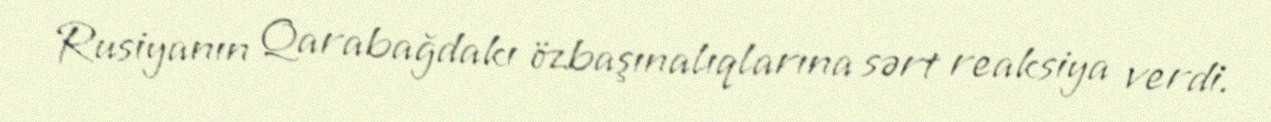
Rusiyanın Qarabağdakı özbaşınalıqlarına sərt reaksiya verdi.